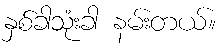
နှစ်ခါသုံးခါ နမ်းတယ်။